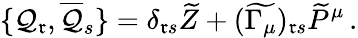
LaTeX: \{ {\cal{Q}}_{\mathfrak{r}},\overline{{{{{\cal{Q}}}}}}_{s}\} =\delta_{\mathfrak{r}s}\widetilde{{Z}}+(\widetilde{{\Gamma_{\mu}}})_{\mathfrak{r}s}\widetilde{{P}}^{\mu}\, .